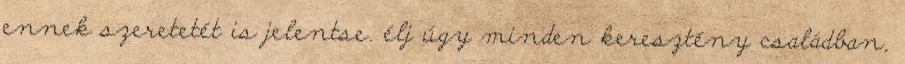
ennek szeretetét is jelentse. élj úgy minden keresztény családban,